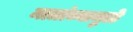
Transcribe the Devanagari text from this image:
मातांच्यामुळे